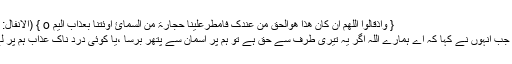
{ وَاِذْقَالُوا اللّٰھُمَّ اِنْ کَانَ ھٰذَا ھُوَالْحَقُّ مِنْ عِنْدِکَ فَاَمْطِرْعَلَیْنَا حِجَارَۃً مِّنَ السَّمَآئِ اَوِئْتِنَا بِعَذَابٍ اَلِیْمٍ o } (الأنفال: 32)
’’اور جب انہوں نے کہا کہ اے ہمارے اللہ اگر یہ تیری طرف سے حق ہے تو ہم پر آسمان سے پتھر برسا ،یا کوئی درد ناک عذاب ہم پر لے آ ۔